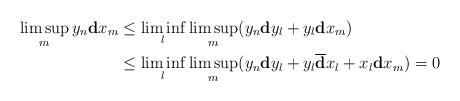
LaTeX: \begin{align*}\limsup_my_n\mathbf{d}x_m&\leq\liminf_l\limsup_m(y_n\mathbf{d}y_l+y_l\mathbf{d}x_m)\\&\leq\liminf_l\limsup_m(y_n\mathbf{d}y_l+y_l\overline{\mathbf{d}}x_l+x_l\mathbf{d}x_m)=0\end{align*}